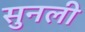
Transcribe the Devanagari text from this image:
सुनली